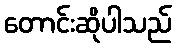
တောင်းဆိုပါသည်